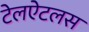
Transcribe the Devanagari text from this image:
टेलऐटलस